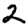
Digit: 2